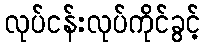
လုပ်ငန်းလုပ်ကိုင်ခွင့်